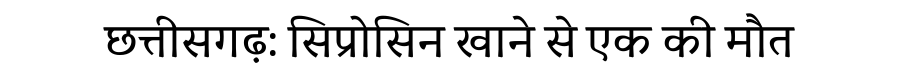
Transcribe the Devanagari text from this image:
छत्तीसगढ़: सिप्रोसिन खाने से एक की मौत